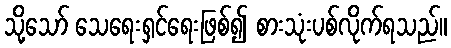
သို့သော် သေရေးရှင်ရေးဖြစ်၍ စားသုံးပစ်လိုက်ရသည်။